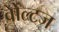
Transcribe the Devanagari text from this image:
वोल्टज